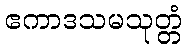
ဧကာဒသမသုတ္တံ